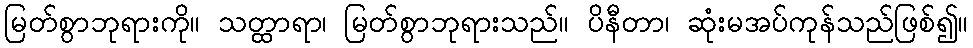
မြတ်စွာဘုရားကို။ သတ္ထာရာ၊ မြတ်စွာဘုရားသည်။ ပိနီတာ၊ ဆုံးမအပ်ကုန်သည်ဖြစ်၍။